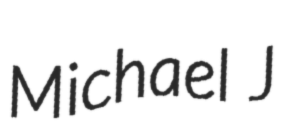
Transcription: Michael J